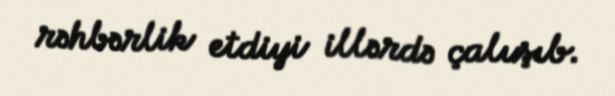
rəhbərlik etdiyi illərdə çalışıb.